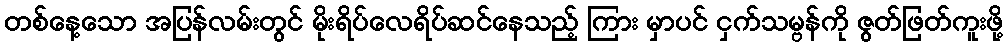
တစ်နေ့သော အပြန်လမ်းတွင် မိုးရိပ်လေရိပ်ဆင်နေသည့် ကြား မှာပင် ငှက်သမ္ဗန်ကို ဇွတ်ဖြတ်ကူးဖို့